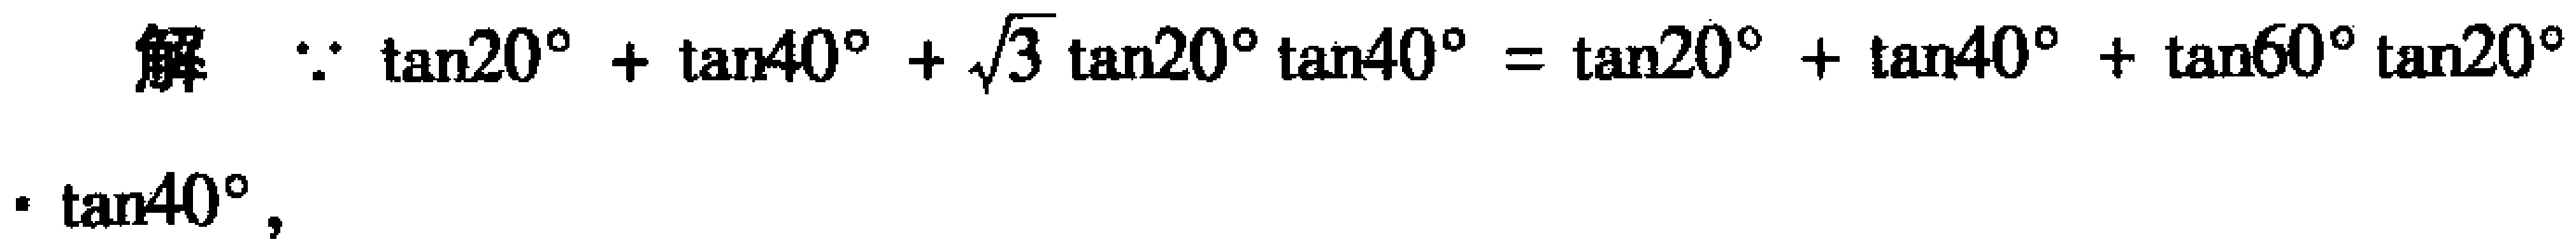
解 $\because \tan20^{\circ}+\tan40^{\circ}+\sqrt{3}\tan20^{\circ}\tan40^{\circ}=\tan20^{\circ}+\tan40^{\circ}+\tan60^{\circ}\tan20^{\circ}$
$\cdot\tan40^{\circ}$，